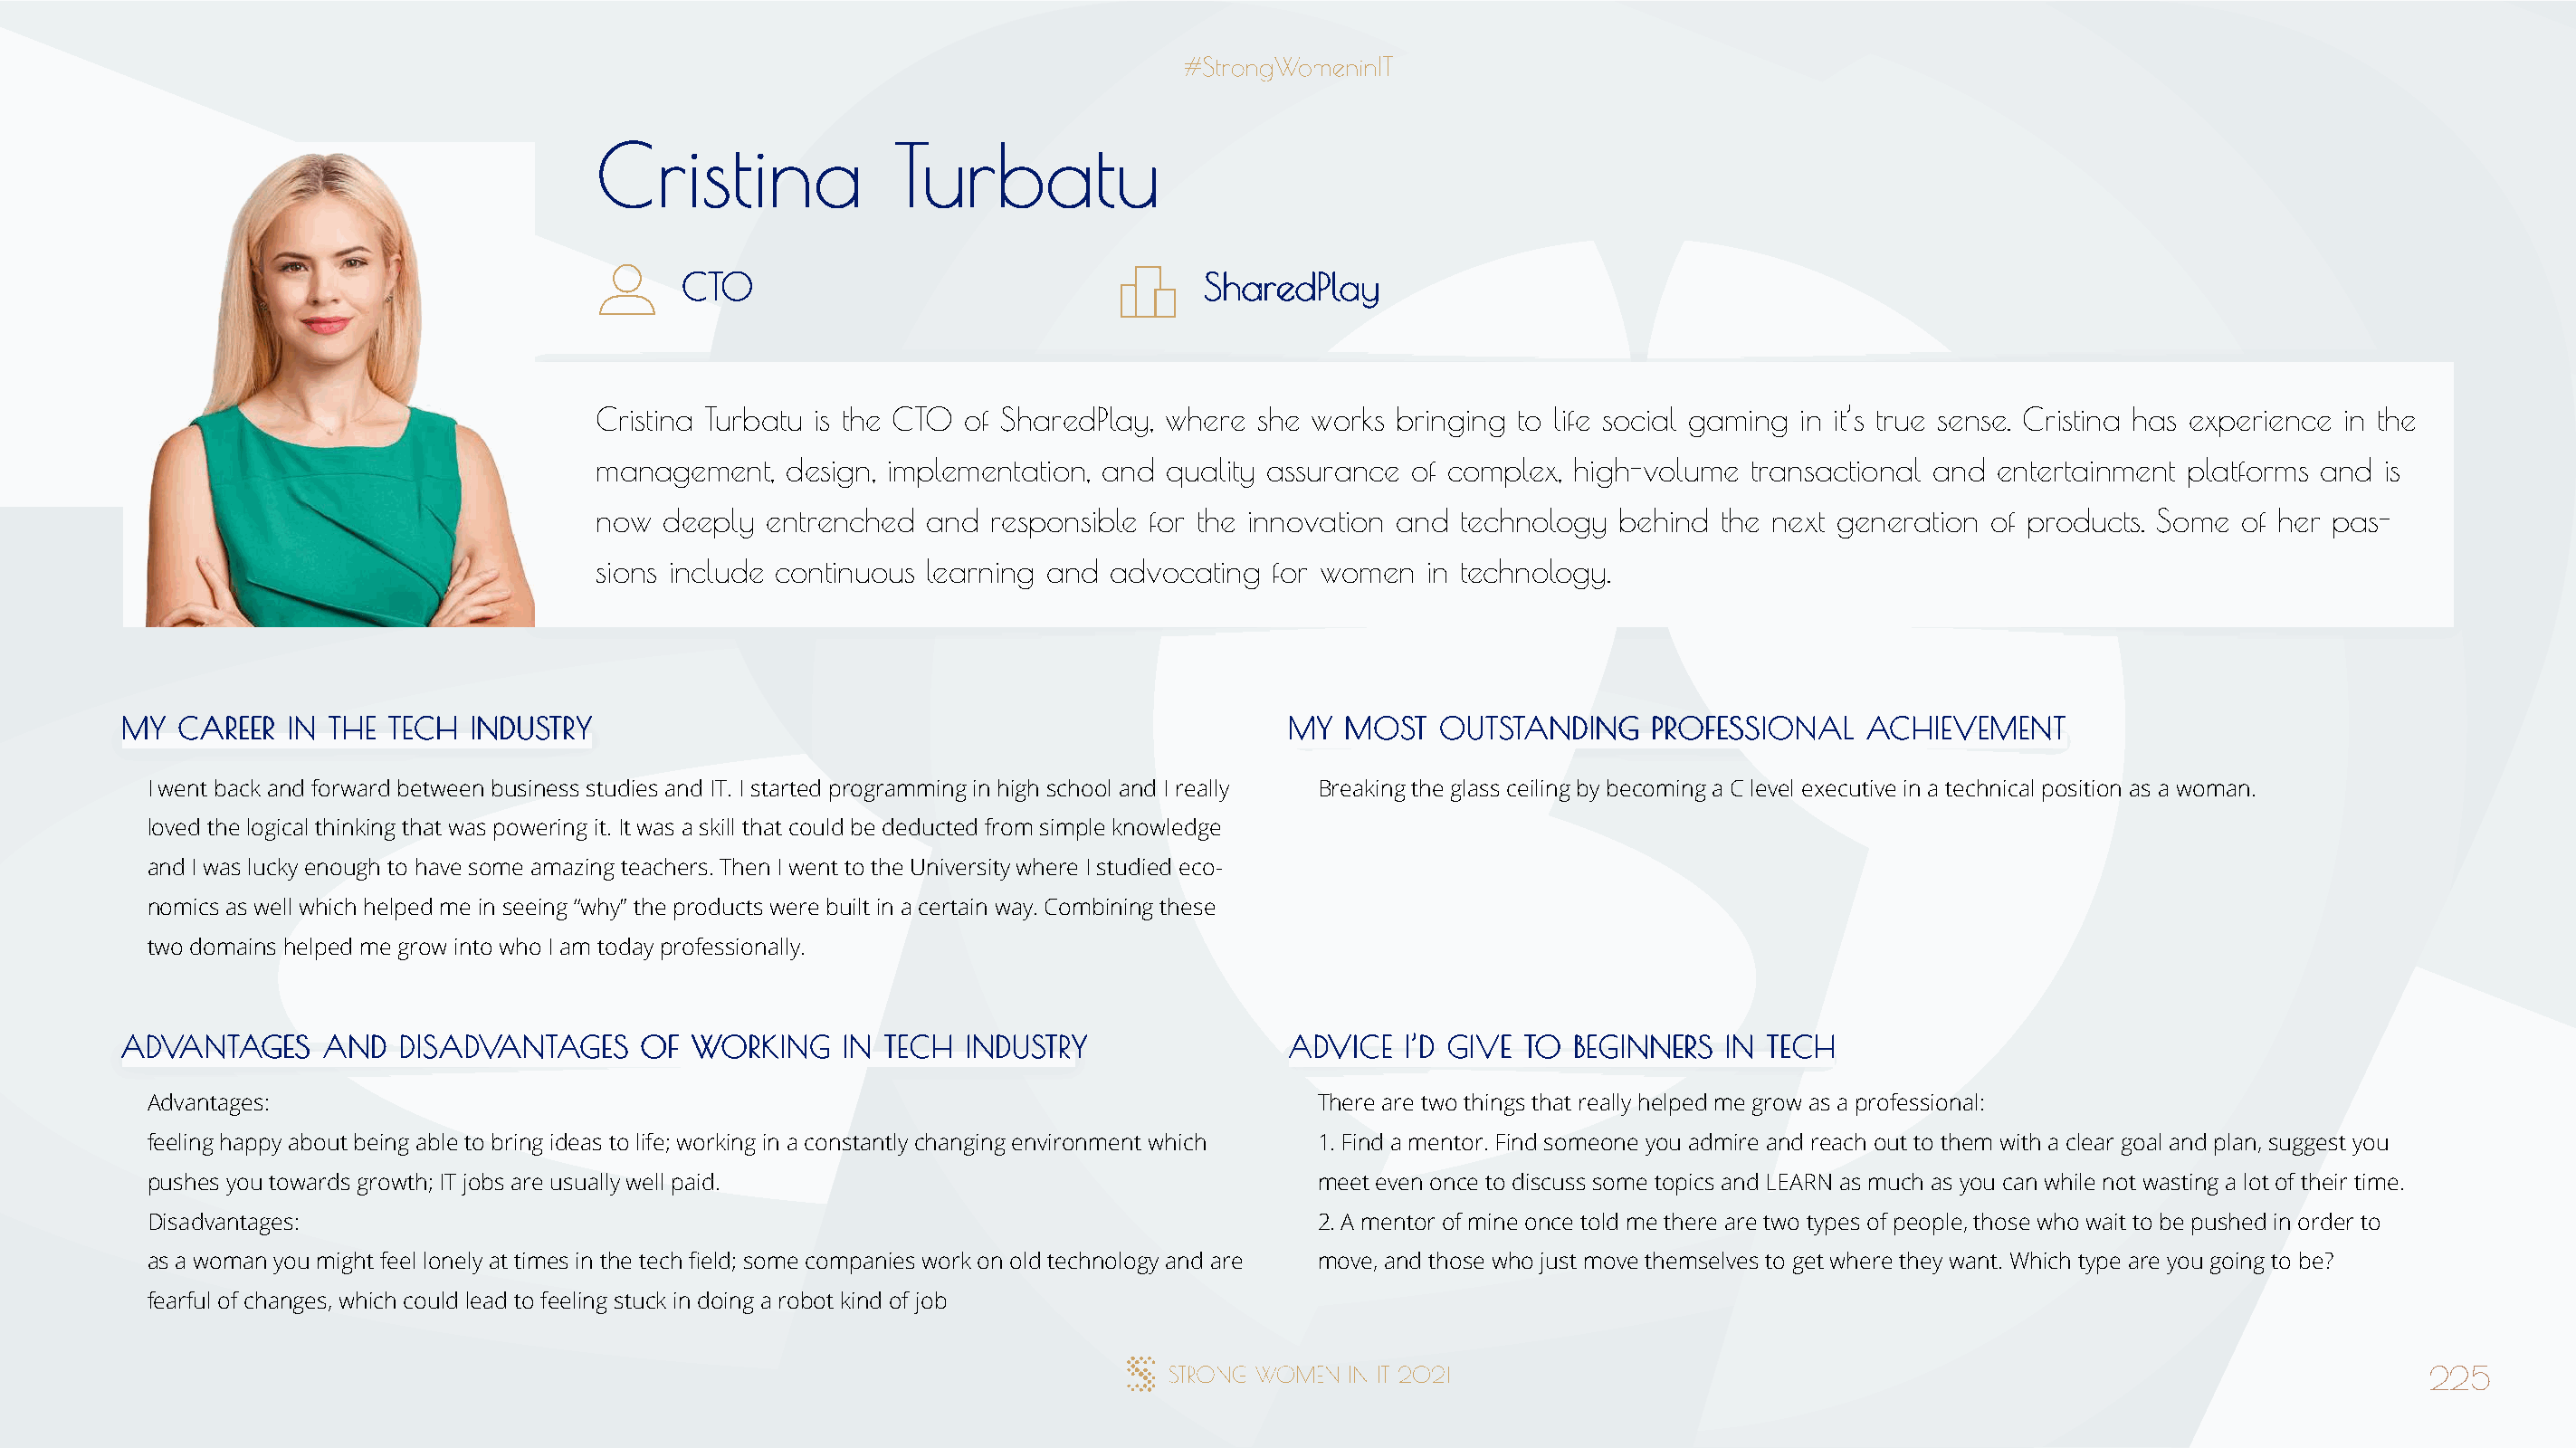
CCrriissttiinnaa     TTuurrbbaattuu
 CCTTOO                                SShhaarreeddPPllaayy
 Cristina Turbatu is the CTO of SharedPlay, where she works bringing to life social gaming in it’s true sense. Cristina has experience in the
 management,  design, implementation, and quality assurance of complex, high-volume  transactional and entertainment platforms and is
 now deeply  entrenched  and responsible for the innovation and technology behind  the next generation of products. Some of her pas-
 sions include continuous learning and advocating for women  in technology.
 MMYY CCAARREEEERR IINN TTHHEE TTEECCHH IINNDDUUSSTTRRYY                              MMYY MMOOSSTT OOUUTTSSTTAANNDDIINNGG PPRROOFFEESSSSIIOONNAALL AACCHHIIEEVVEEMMEENNTT
 I went back and forward between business studies and IT. I started programming in high school and I really Breaking the glass ceiling by becoming a C level executive in a technical position as a woman.
 loved the logical thinking that was powering it. It was a skill that could be deducted from simple knowledge
 and I was lucky enough to have some amazing teachers. Then I went to the University where I studied eco-
 nomics as well which helped me in seeing “why” the products were built in a certain way. Combining these
 two domains helped me grow into who I am today professionally.
 AADDVVAANNTTAAGGEESS AANNDD DDIISSAADDVVAANNTTAAGGEESS OOFF WWOORRKKIINNGG IINN TTEECCHH IINNDDUUSSTTRRYY AADDVVIICCEE II’’DD GGIIVVEE TTOO BBEEGGIINNNNEERRSS IINN TTEECCHH
 Advantages:                                                                          There are two things that really helped me grow as a professional:
 feeling happy about being able to bring ideas to life; working in a constantly changing environment which 1. Find a mentor. Find someone you admire and reach out to them with a clear goal and plan, suggest you
 pushes you towards growth; IT jobs are usually well paid.                            meet even once to discuss some topics and LEARN as much as you can while not wasting a lot of their time.
 Disadvantages:                                                                       2. A mentor of mine once told me there are two types of people, those who wait to be pushed in order to
 as a woman you might feel lonely at times in the tech field; some companies work on old technology and are move, and those who just move themselves to get where they want. Which type are you going to be?
 fearful of changes, which could lead to feeling stuck in doing a robot kind of job
 225